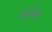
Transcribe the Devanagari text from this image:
शवेत